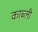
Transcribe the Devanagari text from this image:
काब्ली